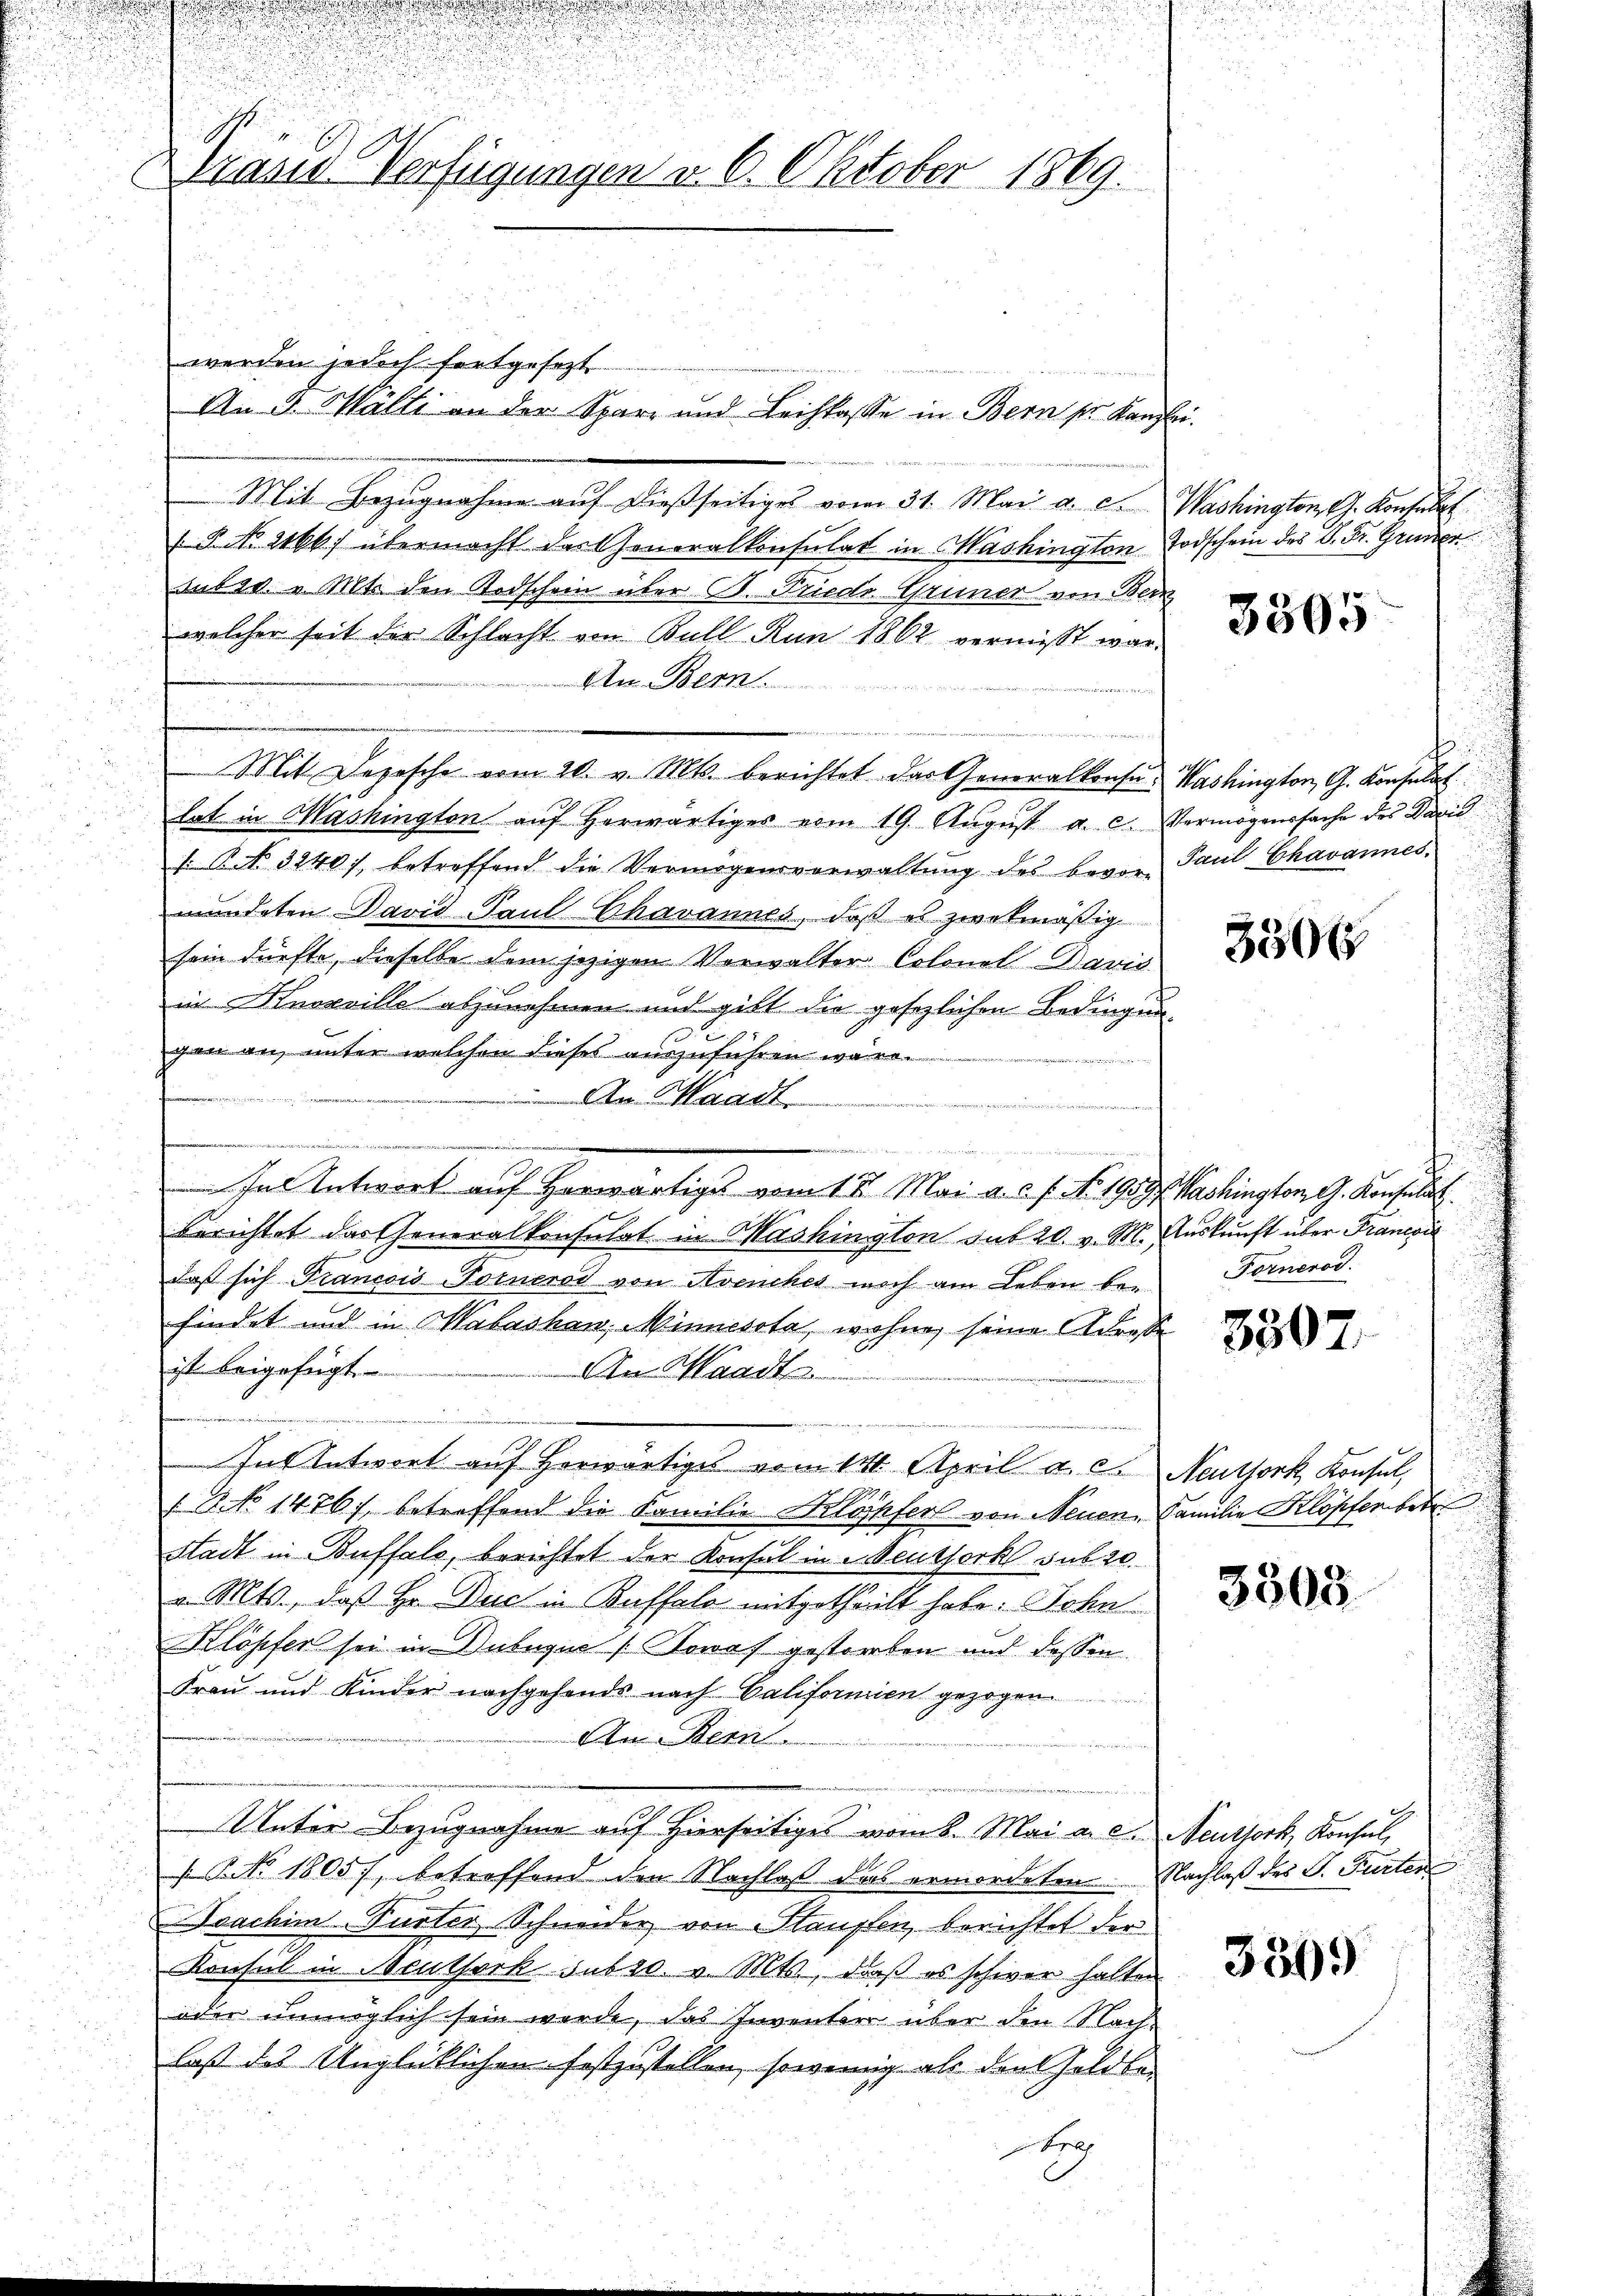
u
d
Traud Verfügungen v. 6. Oktober 1869.

i

Mit Bezŭgnahme aŭf dießseitiges vom 31. Mai a. c. Washington J. Konsulat
P No 2166) übermacht der Generalkonsulat in Mashington Todschein des D. Dr. Gruder
suber. v. Mts. den Todschein über B. Friedr. Grüner von Bern
welcher seit der Schlacht von Bull Run 1862 vermißt war
An Bern.
n
Mit Depesche vom 20. v. Mts. berichtet das Generalkonse. Washington, G. Konsulat
hat in Mashington auf herwärtiges vom 19. Aŭgŭst a. c. Vermögenssache des David
s. Art. 3240), betreffend die Vermögensverwaltŭng des bevor- Paul Chavannes.
mündeten David Paul Chavannes, daß es zwekmäßig
sein dürfte, dieselbe dem jezigen Vorwalter Colonel-Davia
in Knorrille abzunehmen und gibt die gesezlichen Bedingung
gan an, unter welchen dieses auszuführen wäre.
t
An Waadt.

g
n
In Antwort auf Horwärtiges vom 18. Mai a. c. f. No. 1959 f. Washington G. Konsulat
berichtet das Generalkonsulat in Washington sub 20. v. M. Auskunft über Francoi
daß sich Francois Fornerod von Avenches noch am Leben be- Fornorod.
findet und in Walashen Minnesste, wohne, seine Adrese
ist beigefügt
An Waadt

Int Antwort auf herwärtiges vom 14. April a. c. Neuthork Konsul,
/2 No 1476) betreffend die Familie Klöhferl von Neuen Familie Klopfer betr
Stadt in Büffels, berichtet der Konsul in Meuthork sub 20.
 Mts., daß Hr. Duc in Buffalo mitgetheilt habe. Sohn
Klöpfer sei in Dubugue (Kowaf gestorben und dessen.
Frau und Kinder nachgehends nach Californien gezogen
An Bern.
n
Unter Bezugnahme auf Hierseitiges vom 8. Mai a. c. Neuthork, Konsul,
BNNo. 1805), betreffend den Nachlaß das ermordeten Nachlaß des J. Furten
Joachim-Turter Schneider von Stauften, berichtet der
Konsul in Meuthork subs0. v. Mts., daß es schwer halten
oder unmöglich sein werde, das Inventer über den Nachlaß das Unglücklichen festzustellen, sowenig als den Geldbeb

werden jedoch fortgesezt

An 3. Wälti an der Spar- und Leihkasse in Bern pr. Kanzlei.

3305

3306

3507.

3505

330.